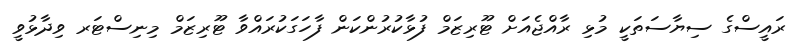
ރައީސްގެ ސިޔާސަތަކީ މުޅި ރާއްޖެއަށް ޓޫރިޒަމް ފުޅާކުރުންކަން ފާހަގަކުރައްވާ ޓޫރިޒަމް މިނިސްޓަރ ވިދާޅުވީ